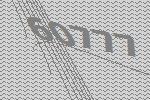
60777